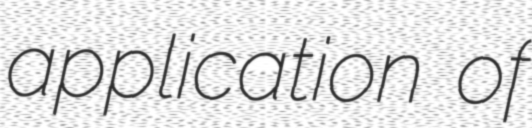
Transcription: application of